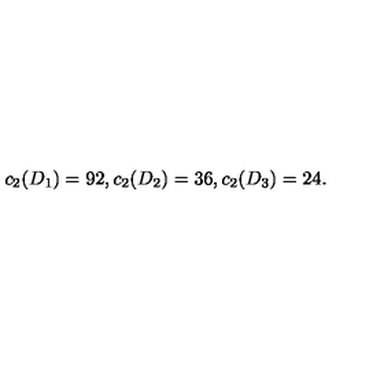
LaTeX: c _ { 2 } ( D _ { 1 } ) = 9 2 , c _ { 2 } ( D _ { 2 } ) = 3 6 , c _ { 2 } ( D _ { 3 } ) = 2 4 .